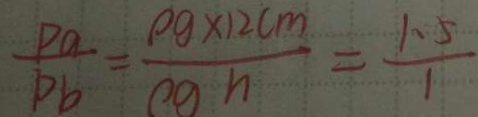
\frac { P a } { P b } = \frac { \rho g \times 1 2 c m } { \rho g h } = \frac { 1 . 5 } { 1 }